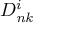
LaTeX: D _ { \it { n k } } ^ { i }